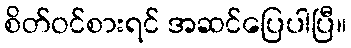
စိတ်ဝင်စားရင် အဆင်ပြေပါပြီ။